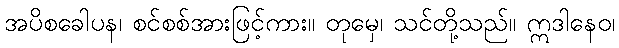
အပိစခေါပန၊ စင်စစ်အားဖြင့်ကား။ တုမှေ၊ သင်တို့သည်။ ဣဒါနေဝ၊